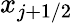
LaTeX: {{x}_{j+1/2}}